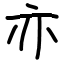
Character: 亦